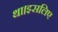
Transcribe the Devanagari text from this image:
था।इसलिए